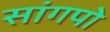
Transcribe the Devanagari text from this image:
सांगपो